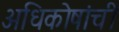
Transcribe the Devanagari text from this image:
अधिकोषांची